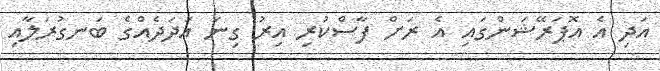
އަދި އެ އޮޕަރޭޝަންގައި އެ ރަށް ފާސްކުރި އިރު ގިނަ އަދަދެއްގެ ބަނގުރަލާއި